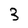
Character: 3